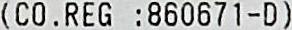
(CO. REG :860671-D)